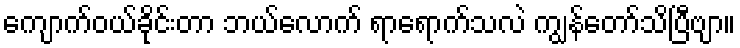
ကျောက်ဝယ်ခိုင်းတာ ဘယ်လောက် ရာရောက်သလဲ ကျွန်တော်သိပြီဗျာ။